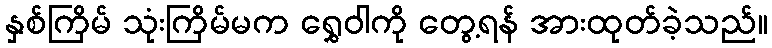
နှစ်ကြိမ် သုံးကြိမ်မက ရွှေဝါကို တွေ့ရန် အားထုတ်ခဲ့သည်။